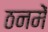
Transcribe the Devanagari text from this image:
ठनमें